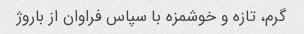
گرم، تازه و خوشمزه با سپاس فراوان از باروژ